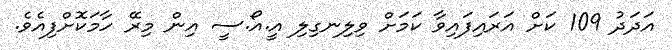
އަދަދު 109 ކަށް އަރައިފައިވާ ކަމަށް ވިލިނގިލި އީ.އޯ.ސީ އިން މިރޭ ހާމަކޮށްފިއެވެ.